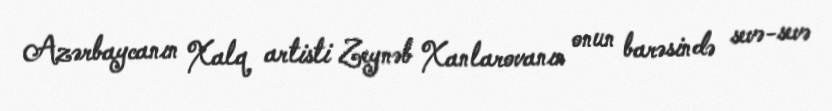
Azərbaycanın Xalq artisti Zeynəb Xanlarovanın onun barəsində sevə-sevə